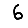
Digit: 6